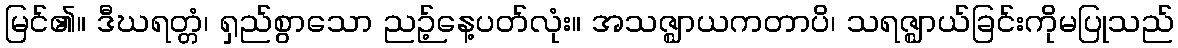
မြင်၏။ ဒီဃရတ္တံ၊ ရှည်စွာသော ညဉ့်နေ့ပတ်လုံး။ အသဇ္ဈာယကတာပိ၊ သရဇ္ဈာယ်ခြင်းကိုမပြုသည်